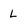
Character: L